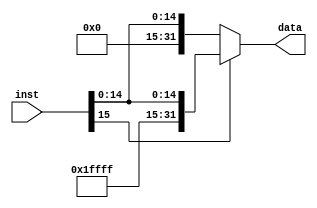
//**********************************************************************************************************
//				module: signext								   *
//**********************************************************************************************************

`timescale 1ns/1ns

module signext(inst,data);

input wire [15:0] inst;
output reg [31:0] data;

always@(*)	begin
if(inst[15] == 1)	data = {16'b1111_1111_1111_1111,inst};
else			data = {16'b0,inst};
end

endmodule